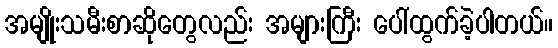
အမျိုးသမီးစာဆိုတွေလည်း အများကြီး ပေါ်ထွက်ခဲ့ပါတယ်။